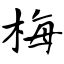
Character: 梅